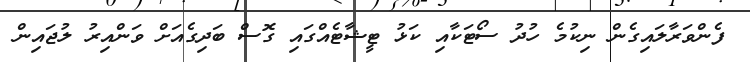
ފެންވަރާލައިގެން ނިކުމެ ހުދު ސޯޓަކާއި ކަޅު ޓީޝާޓެއްގައި ގޮސް ބަދިގެއަށް ވަންއިރު ލުޖައިން